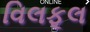
વિલફૂલ